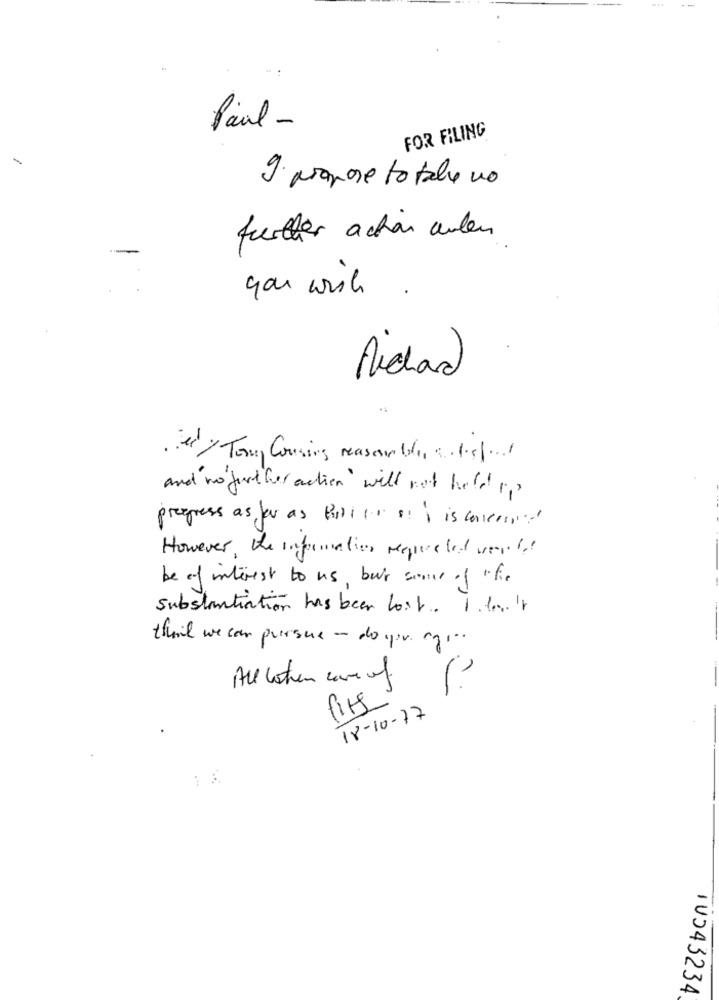
Paul -
FOR FILING
-
9. propose to tale no
further action anden
Andhad
· tedy Tom, Cousing reason bol sill
and no further action " will not held up
progress as far as Bolillo is conveni!
However, the information requested verbal
be of interest to us, but some of the
substantiation has been lost. I don't
theil we can pursue - do pr. cz ...
All when care of
/
14
18-10-77
IU043234